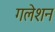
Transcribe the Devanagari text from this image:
गलेशन